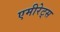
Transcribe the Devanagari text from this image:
एमीरेट्स